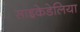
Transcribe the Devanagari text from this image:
साइकेडेलिया